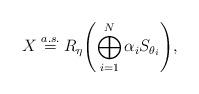
LaTeX: \begin{align*}X\stackrel{a.s.} {=}R_\eta\Biggl(\bigoplus_{i=1}^N\alpha_i S_{\theta_i}\Biggr), \end{align*}